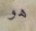
هو